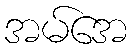
အမ်အေ